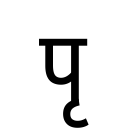
OCR:
पृ